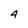
Character: 4